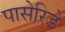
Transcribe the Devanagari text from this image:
पासेरिडे